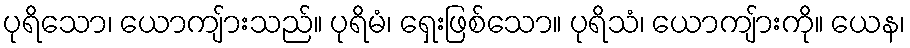
ပုရိသော၊ ယောကျ်ားသည်။ ပုရိမံ၊ ရှေးဖြစ်သော။ ပုရိသံ၊ ယောကျ်ားကို။ ယေန၊